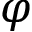
\varphi